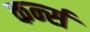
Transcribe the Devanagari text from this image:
कर्न्‍स